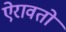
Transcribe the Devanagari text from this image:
ऐरावतो